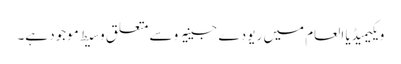
ویکیمیڈیا العام میں ریو دے جینیرو سے متعلق وسیط موجود ہے۔